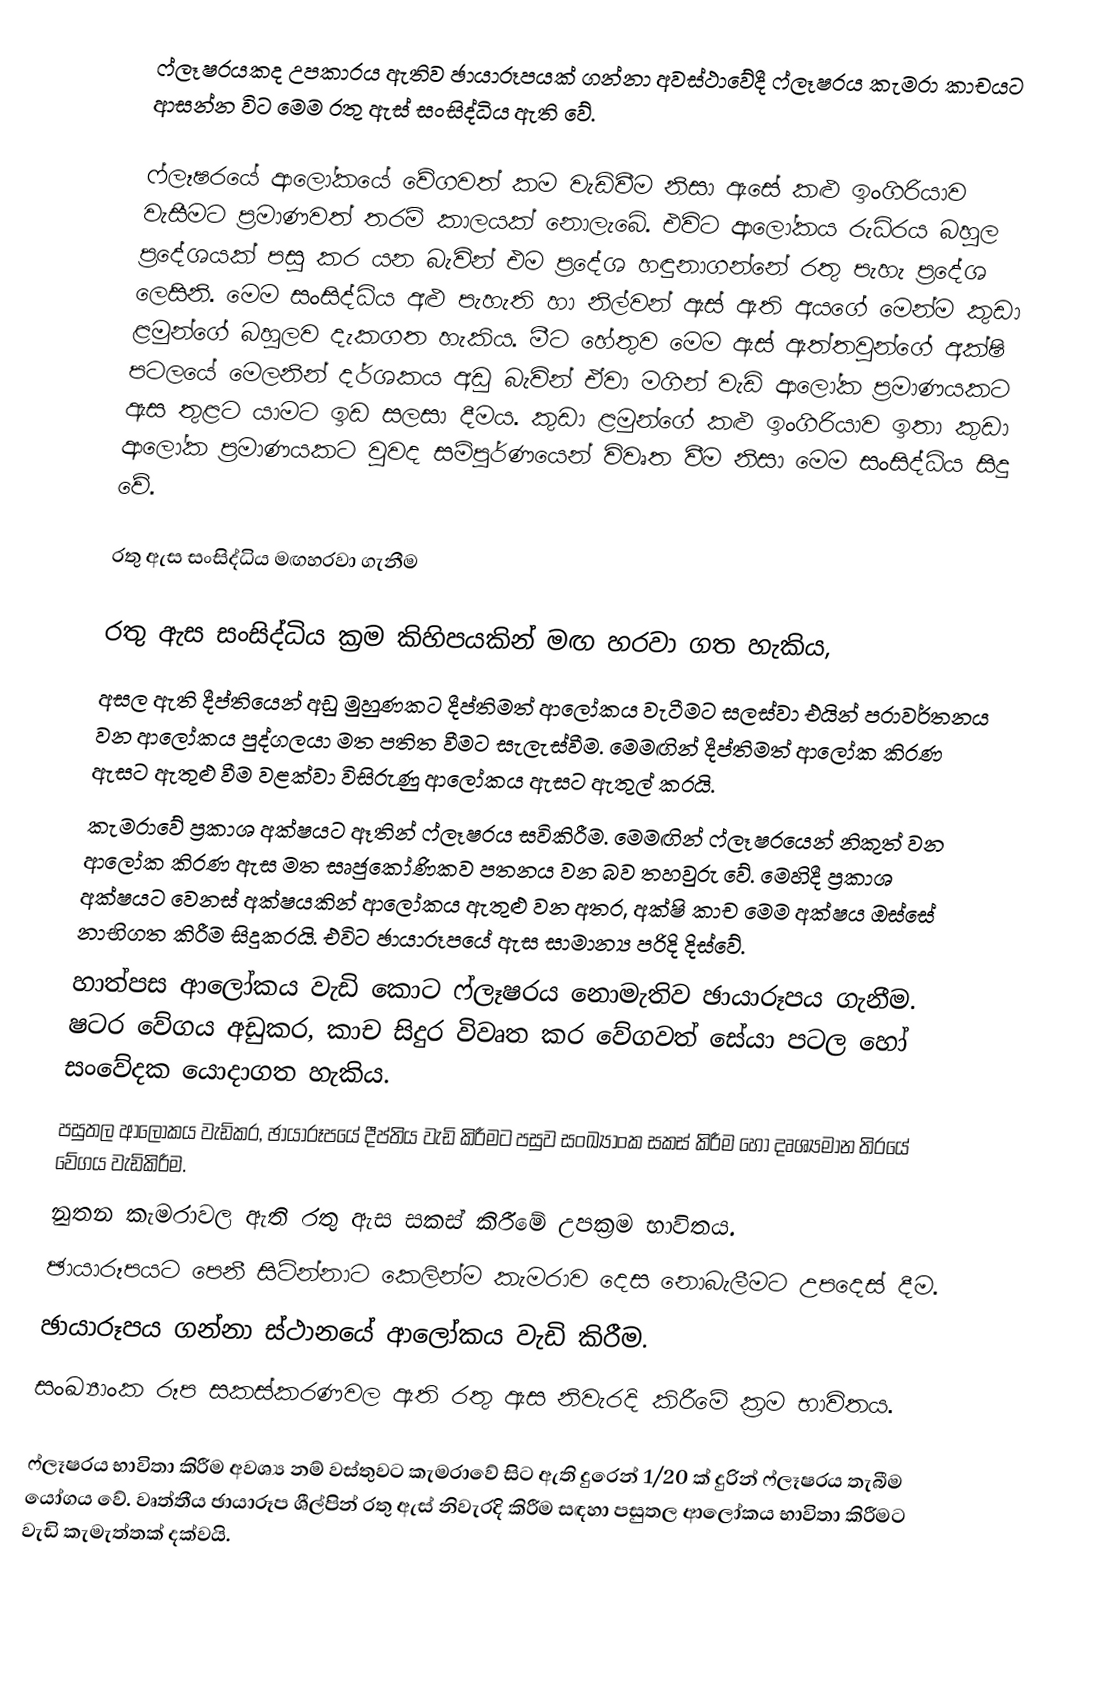
ෆ්ලෑෂරයකද උපකාරය ඇතිව ඡායාරූපයක් ගන්නා අවස්ථාවේදී ෆ්ලෑෂරය කැමරා කාචයට ආසන්න විට මෙම රතු ඇස් සංසිද්ධිය ඇති වේ.

ෆ්ලෑෂරයේ ආලෝකයේ වේගවත් කම වැඩිවීම නිසා ඇසේ කළු ඉංගිරියාව වැසීමට ප්‍රමාණවත් තරම් කාලයක් නොලැබේ. එවිට ආලෝකය රුධිරය බහුල ප්‍රදේශයක් පසු කර යන බැවින් එම ප්‍රදේශ හඳුනාගන්නේ රතු පැහැ ප්‍රදේශ  ලෙසිනි. මෙම සංසිද්ධිය අළු පැහැති හා නිල්වන් ඇස් ඇති අයගේ මෙන්ම කුඩා ළමුන්ගේ බහුලව දැකගත හැකිය. මීට හේතුව මෙම ඇස් ඇත්තවුන්ගේ අක්ෂි පටලයේ මෙලනින් දර්ශකය අඩු බැවින් ඒවා මගින් වැඩි ආලෝක ප්‍රමාණයකට ඇස තුළට යාමට ඉඩ සලසා දීමය. කුඩා ළමුන්ගේ කළු ඉංගිරියාව ඉතා කුඩා ආලෝක ප්‍රමාණයකට වුවද  ‍සම්පුර්ණයෙන් විවෘත වීම නිසා මෙම සංසිද්ධිය සිදු වේ.

රතු ඇස සංසිද්ධිය මඟහරවා ගැනීම

රතු ඇස සංසිද්ධිය ක්‍රම කිහිපයකින් මඟ හරවා ගත හැකිය,
අසල ඇති දීප්තියෙන් අඩු මුහුණකට දීප්තිමත් ආලෝකය වැටීමට සලස්වා එයින් පරාවර්තනය වන ආලෝකය පුද්ගලයා මත පතිත වීමට සැලැස්වීම. මෙමඟින් දීප්තිමත් ආ‍ලෝක කිරණ ඇසට ඇතුළු වීම වළක්වා විසිරුණු ආලෝකය ඇසට ඇතුල් කරයි.
කැම‍රාවේ ප්‍රකාශ අක්ෂයට ඈතින් ෆ්ලෑෂරය සවිකිරීම. මෙමඟින් ෆ්ලෑෂරයෙන් නිකුත් වන ආ‍ලෝක කිරණ ඇස මත සෘජුකෝණිකව පතනය වන බව තහවුරු වේ. මෙහිදී ප්‍රකාශ අක්ෂයට වෙනස් අක්ෂයකින් ආලෝකය ඇතුළු වන අතර, අක්ෂි කාච මෙම අක්ෂය ඔස්සේ නාභිගත කිරීම සිදුකරයි. එවිට ඡායාරූපයේ ඇස සාමාන්‍ය පරිදි දිස්වේ.
හාත්පස ආ‍ලෝකය වැඩි කොට ෆ්ලෑෂරය නොමැතිව ඡායාරූපය ගැනීම. ෂටර වේගය අඩුකර, කාච සිදුර විවෘත කර වේගවත් සේයා පටල හෝ සංවේදක යොදාගත හැකිය.
පසුතල ආලෝකය වැඩිකර, ඡායාරූපයේ දීප්තිය වැඩි කිරීමට පසුව සංඛ්‍යාංක සකස් කිරීම හෝ දෘශ්‍යමාන තිරයේ වේග‍ය වැඩිකිරීම.
නුතන කැමරාවල ඇති රතු ඇස සකස් කිරීමේ උපක්‍රම භාවිතය.
ඡායාරූපයට පෙනී සිටින්නාට කෙලින්ම කැමරාව දෙස නොබැලීමට උපදෙස් දීම.
ඡායාරූපය ගන්නා ස්ථානයේ ආලෝකය වැඩි කිරීම.
සංඛ්‍යාංක රූප සකස්කරණවල ඇති රතු ඇස නිවැරදි කිරීමේ ක්‍රම භාවිතය.

ෆ්ලෑෂරය භාවිතා කිරීම අවශ්‍ය නම් වස්තුවට කැමරා‍වේ සිට ඇති දුරෙන් 1/20 ක් දුරින් ෆ්ලෑෂරය තැබීම යෝගය වේ. වෘත්තීය ඡායාරූප ශීල්පින් රතු ඇස් නිවැරදි කිරීම සඳහා පසුතල ආලෝකය භාවිතා කිරීමට වැඩි කැමැත්තක් දක්වයි.